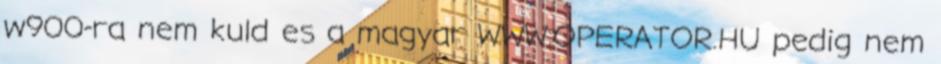
w900-ra nem kuld es a magyar WWW.OPERATOR.HU pedig nem